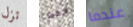
تزل فقط عندما